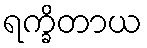
ရက္ခိတာယ